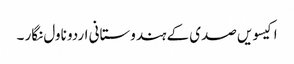
اکیسویں صدی کے ہندوستانی اردو ناول نگار ۔